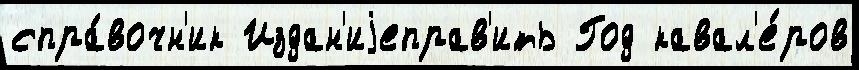
спра́вочн'ик Издан'иjеправ'ить Год кавал'е́ров